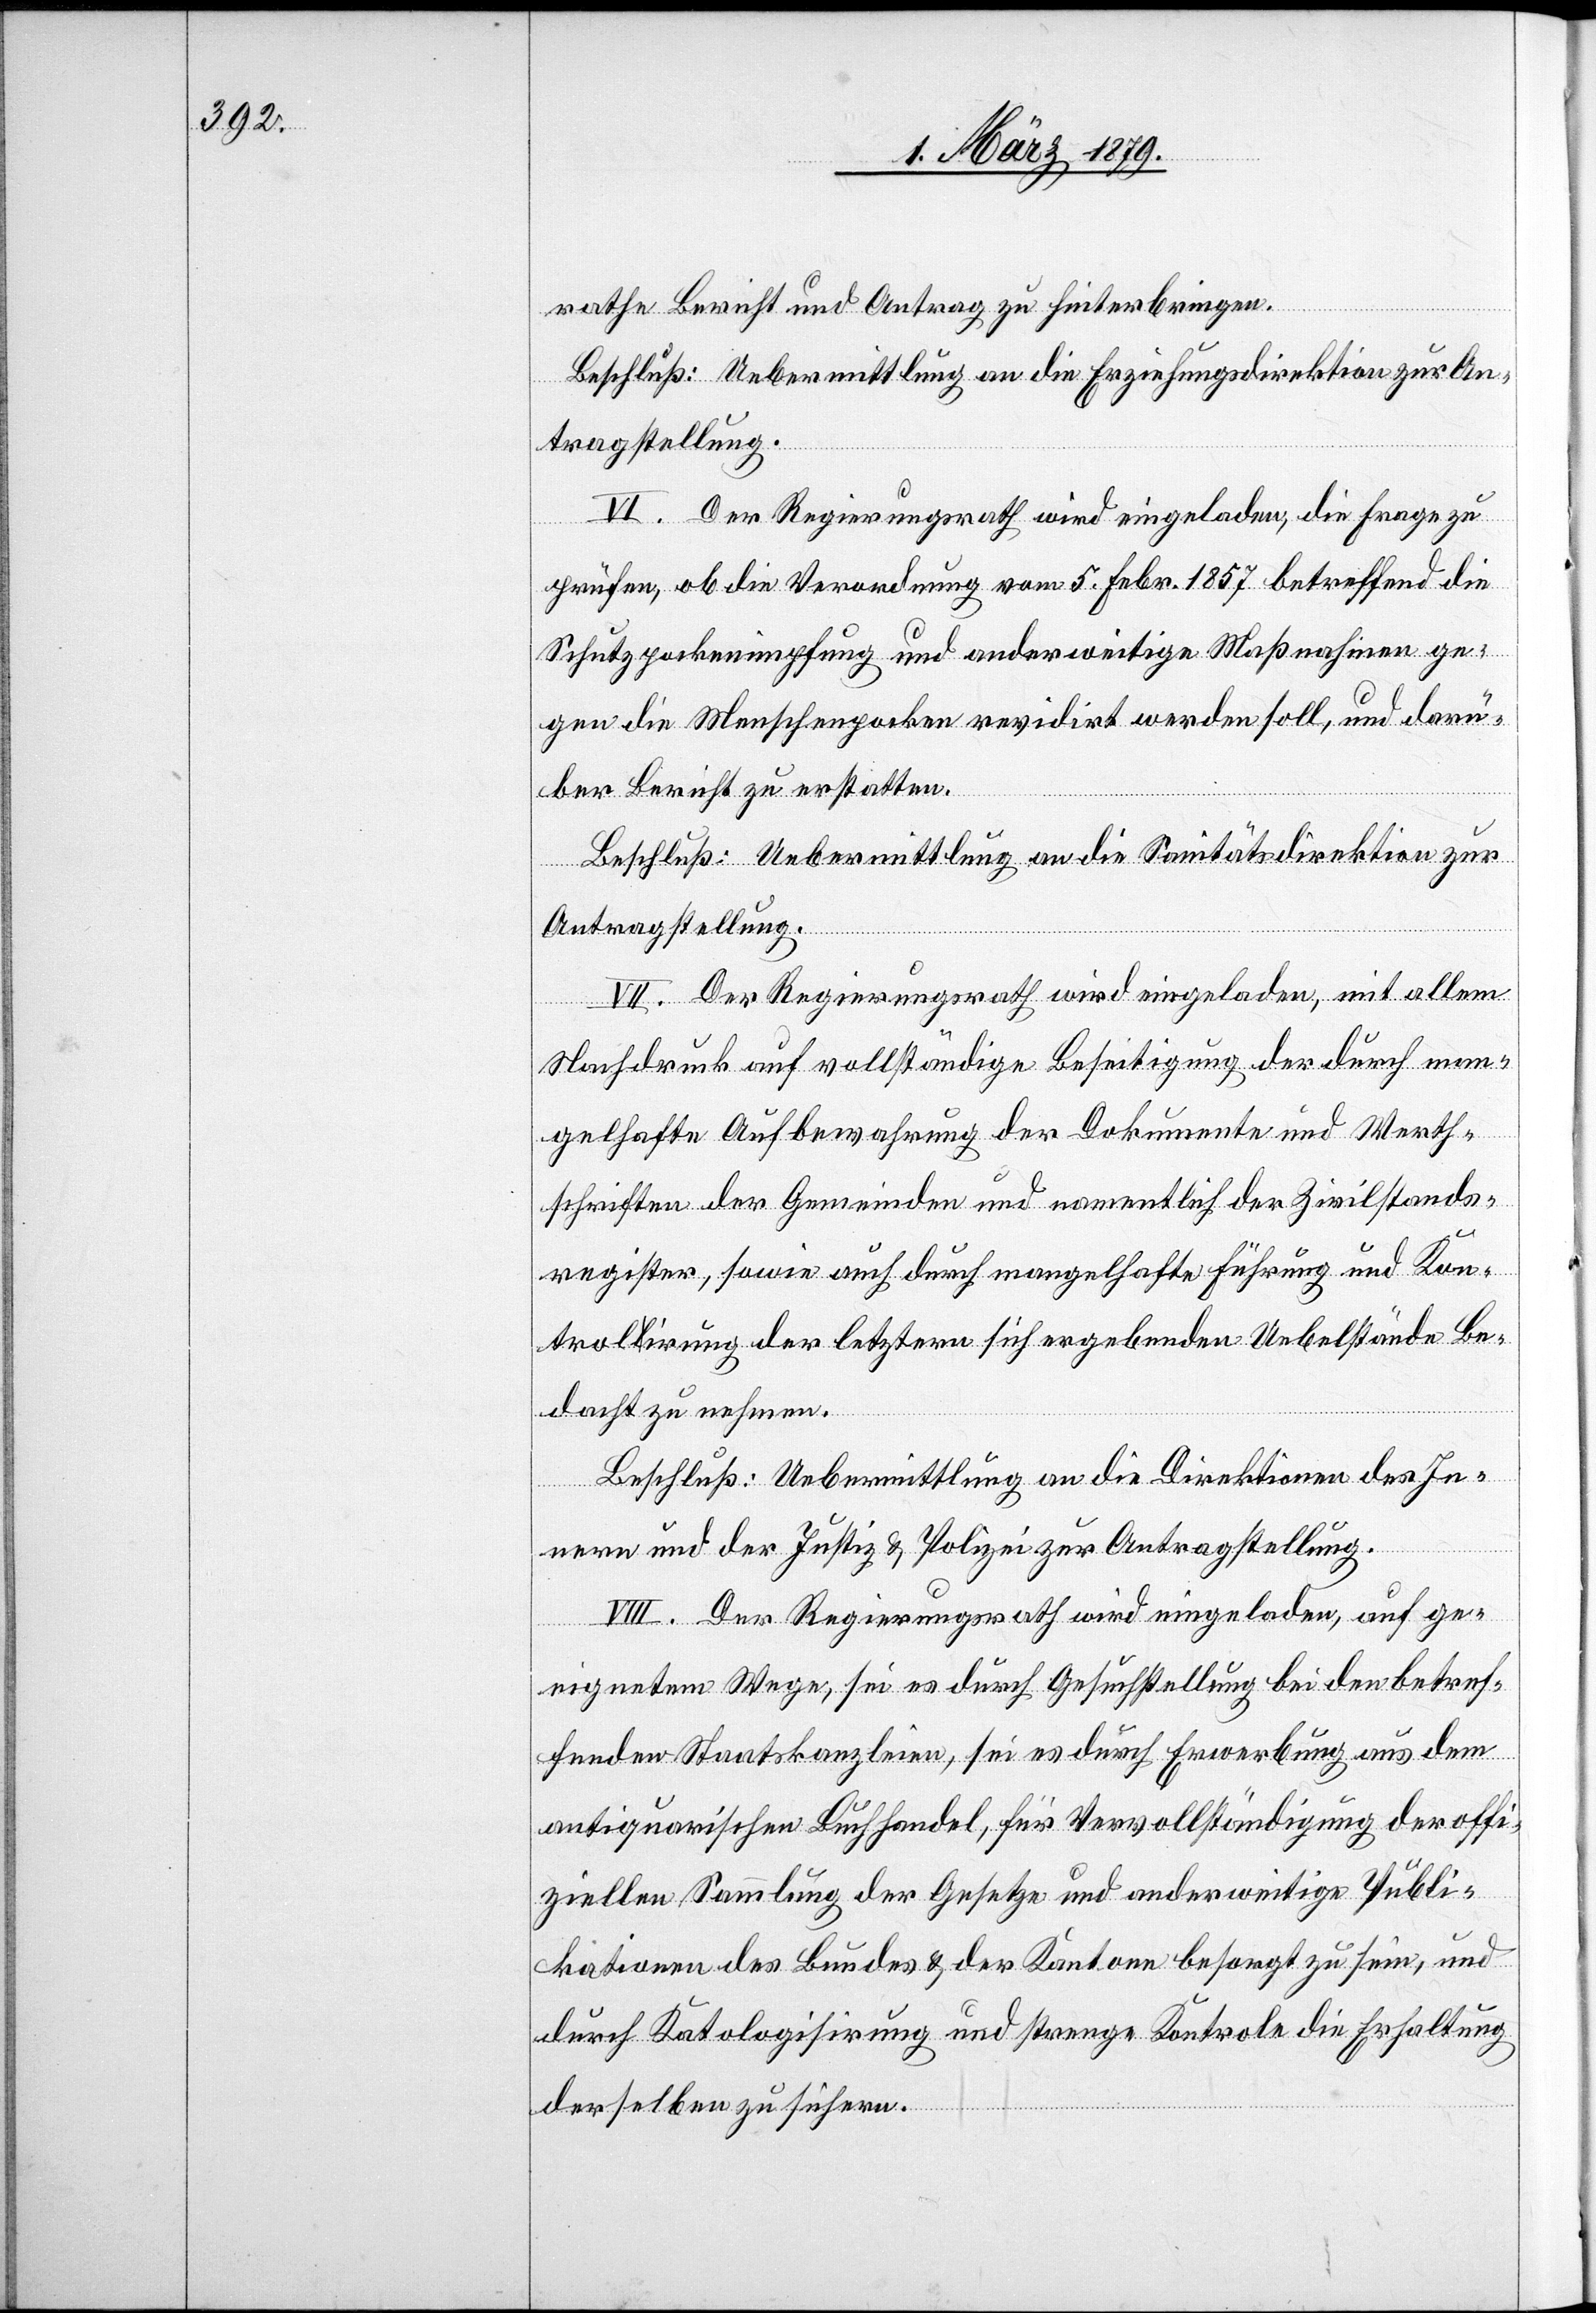
rathe Bericht und Antrag zu hinterbringen.
Beschluß: Uebermittlung an die Erziehungsdirektion zur An¬
tragstellung.
VI. Der Regierungsrath wird eingeladen, die Frage zu
prüfen, ob die Verordnung vom 5. Febr. 1857 betreffend die
Schutzpockenimpfung und anderweitige Maßnahmen ge¬
gen die Menschenpocken revidirt werden soll, und darü¬
ber Bericht zu erstatten.
Beschluß: Uebermittlung an die Sanitätsdirektion zur
Antragstellung.
VII. Der Regierungsrath wird eingeladen, mit allem
Nachdruck auf vollständige Beseitigung der durch man¬
gelhafte Aufbewahrung der Dokumente und Werth¬
schriften der Gemeinden und namentlich der Zivilstands¬
register, sowie auch durch mangelhafte Führung und Kon¬
trolirung der letztern sich ergebenden Uebelstände Be¬
dacht zu nehmen.
Beschluß: Uebermittlung an die Direktionen des In¬
nern und der Justiz & Polizei zur Antragstellung.
VIII. Der Regierungsrath wird eingeladen, auf ge¬
eignetem Wege, sei es durch Gesuchstellung bei den betref¬
fenden Staatskanzleien, sei es durch Erwerbung aus dem
antiquarischen Buchhandel, für Vervollständigung der offi¬
ziellen Sammlung der Gesetze und anderweitige Publi¬
kationen des Bundes & der Kantone besorgt zu sein, und
durch Katalogisirung und strenge Kontrole die Erhaltung
derselben zu sichern.